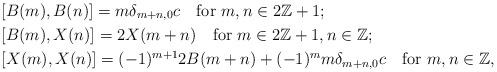
LaTeX: \begin{align*}&[B(m),B(n)]=m\delta_{m+n,0}c\quad\textrm{for }m,n\in 2\mathbb{Z}+1;\\&[B(m),X(n)]=2X(m+n)\quad\textrm{for }m\in 2\mathbb{Z}+1,n\in\mathbb{Z};\\&[X(m),X(n)]=(-1)^{m+1}2B(m+n)+(-1)^{m}m\delta_{m+n,0}c\quad\textrm{for }m,n\in\mathbb{Z},\end{align*}